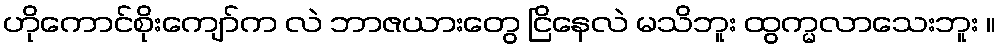
ဟိုကောင်စိုးကျော်က လဲ ဘာဇယားတွေ ငြိနေလဲ မသိဘူး ထွက္မလာသေးဘူး ။